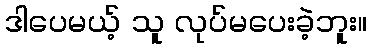
ဒါပေမယ့် သူ လုပ်မပေးခဲ့ဘူး။